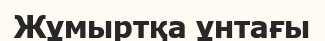
Жұмыртқа ұнтағы